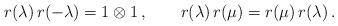
LaTeX: \begin{align*} r(\lambda) \, r(-\lambda) = 1 \otimes 1 \,, \qquad r(\lambda) \, r(\mu) = r(\mu) \, r(\lambda) \,.\end{align*}